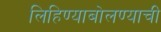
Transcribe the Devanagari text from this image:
लिहिण्याबोलण्याची